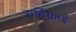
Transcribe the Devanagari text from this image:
सर्टिफाई